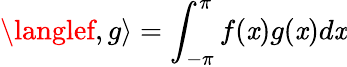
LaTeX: \langlef,g\rangle=\int_{-\pi}^{\pi}f(\mathit{x})g(\mathit{x})d\mathit{x}